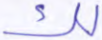
لك